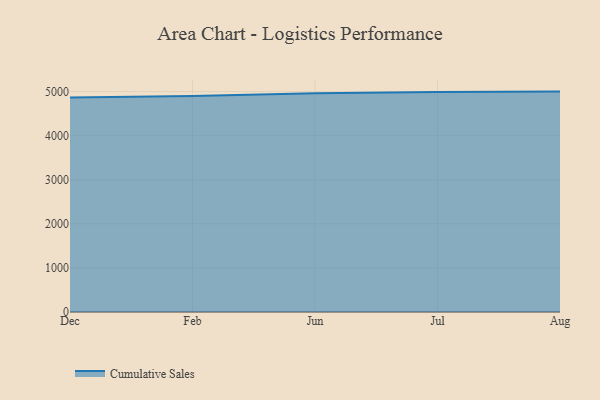
{"axis": {"x": "Month", "y": "Shipments"}, "legend": ["Cumulative Sales"], "data": [{"x": "Dec", "y": 4867.1, "type": "Cumulative Sales"}, {"x": "Feb", "y": 4901.8, "type": "Cumulative Sales"}, {"x": "Jun", "y": 4964.0, "type": "Cumulative Sales"}, {"x": "Jul", "y": 4991.6, "type": "Cumulative Sales"}, {"x": "Aug", "y": 5000, "type": "Cumulative Sales"}]}